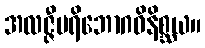
အလဇ္ဇီပရိဘောဂဝိနိစ္ဆယ။